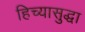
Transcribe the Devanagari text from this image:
हिच्यासुद्धा